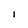
Character: I